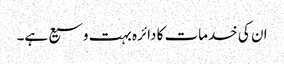
ان کی خدمات کا دائرہ بہت وسیع ہے۔